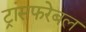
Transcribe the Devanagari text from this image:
ट्रांसफरेबल